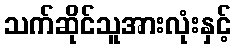
သက်ဆိုင်သူအားလုံးနှင့်